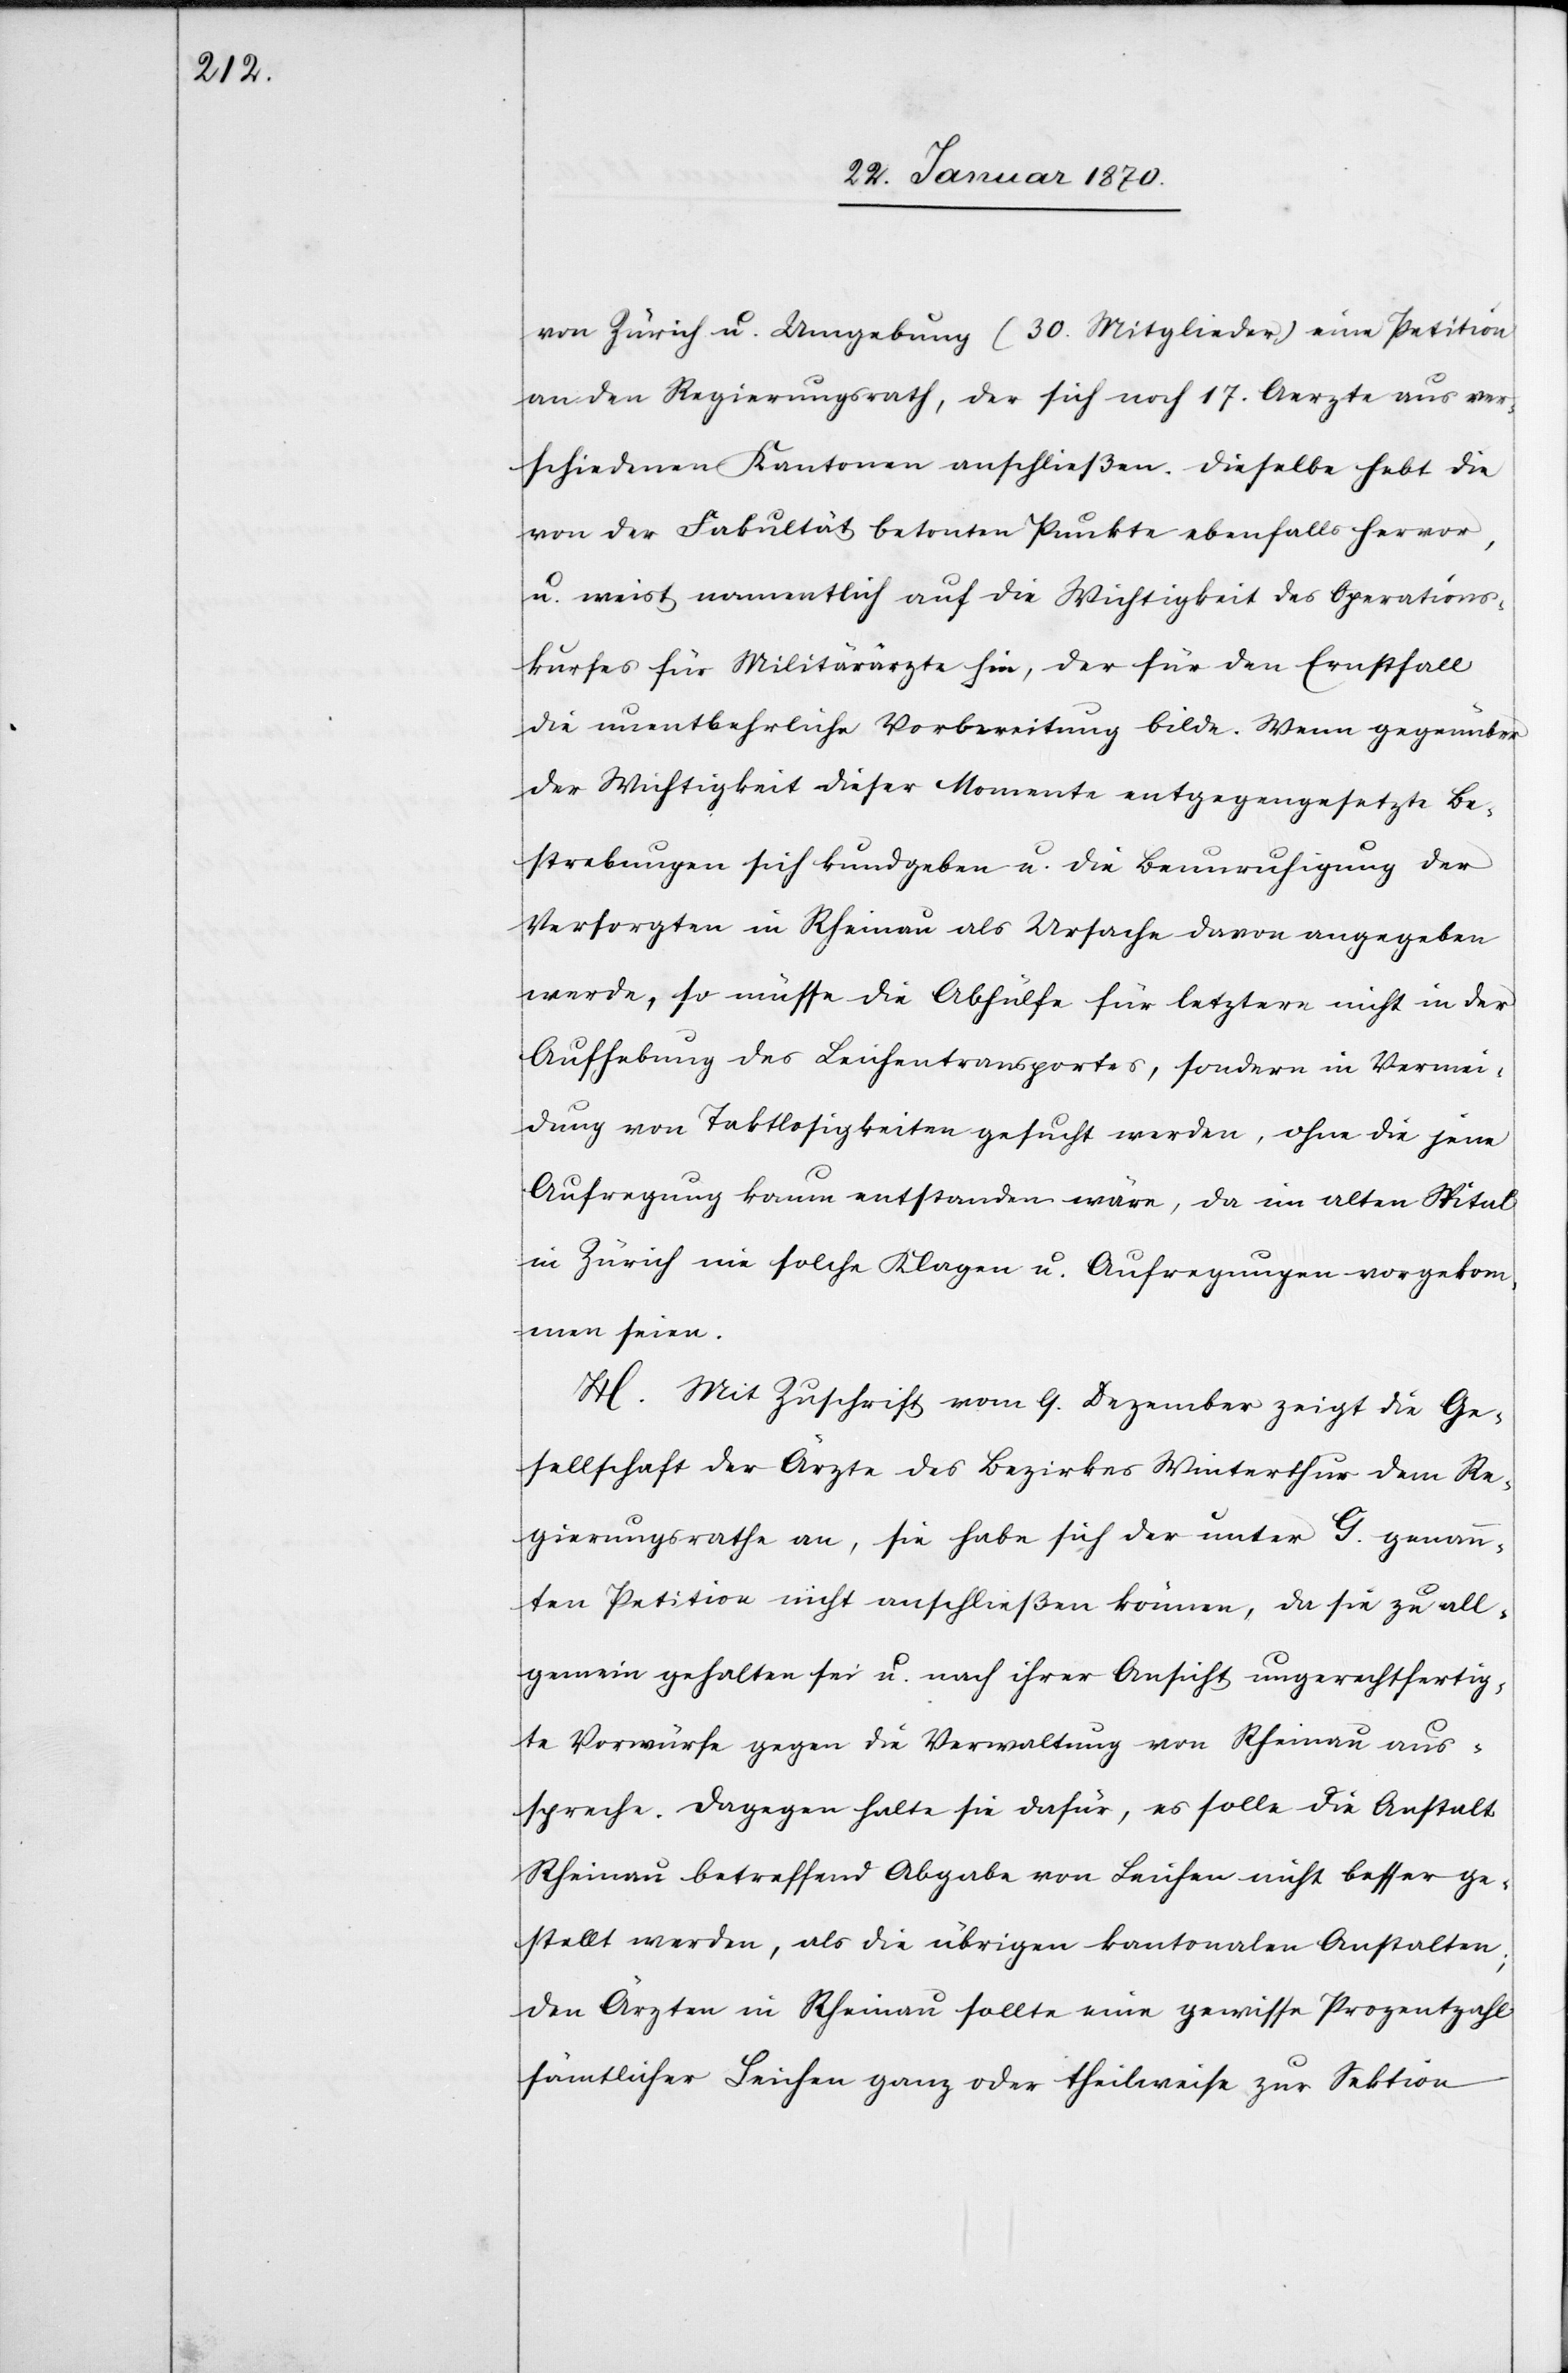
von Zürich u. Umgebung (30. Mitglieder) eine Petition
an den Regierungsrath, der sich noch 17. Aerzte aus ver¬
schiedenen Kantonen anschließen. Dieselbe hebt die
von der Fakultät betonten Punkte ebenfalls hervor,
u. weist namentlich auf die Wichtigkeit des Operations¬
kurses für Militärärzte hin, der für den Ernstfall
die unentbehrliche Vorbereitung bilde. Wenn gegenüber
der Wichtigkeit dieser Momente entgegengesetzte Be¬
strebungen sich kundgeben u. die Beunruhigung der
Versorgten in Rheinau als Ursache davon angegeben
werde, so müsse die Abhülfe für letztere nicht in der
Aufhebung des Leichentransportes, sondern in Vermei¬
dung von Taktlosigkeiten gesucht werden, ohne die jene
Aufregung kaum entstanden wäre, da im alten Spital
Zürich nie solche Klagen u. Aufregungen vorgekom¬
men seien.
H. Mit Zuschrift vom 9. Dezember zeigt die Ge¬
sellschaft der Ärzte des Bezirkes Winterthur dem Re¬
gierungsrathe an, sie habe sich der unter G genann¬
ten Petition nicht anschließen können, da sie zu all¬
gemein gehalten sei u. nach ihrer Ansicht ungerechtfertig¬
te Vorwürfe gegen die Verwaltung von Rheinau aus¬
spreche. Dagegen halte sie dafür, es solle die Anstalt
Rheinau betreffend Abgabe von Leichen nicht besser ge¬
stellt werden, als die übrigen kantonalen Anstalten;
den Ärzten in Rheinau sollte eine gewisse Prozentzahl
sämtlicher Leichen ganz oder theilweise zur Sektion